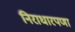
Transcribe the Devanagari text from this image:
निराधारपणा